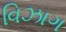
વિઝાગ